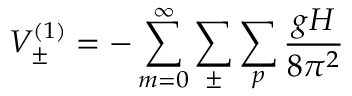
V _ { \pm } ^ { ( 1 ) } = - \sum _ { m = 0 } ^ { \infty } \sum _ { \pm } \sum _ { p } \frac { g H } { 8 \pi ^ { 2 } }